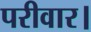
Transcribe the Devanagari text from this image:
परीवार।